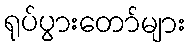
ရုပ်ပွားတော်များ